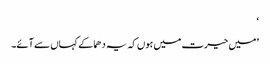
‘
’میں حیرت میں ہوں کہ یہ دھماکے کہاں سے آئے۔